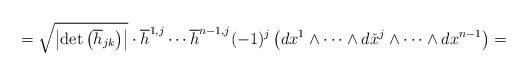
LaTeX: \begin{align*}=\sqrt{\left|\det\left(\overline{h}_{jk}\right)\right|}\cdot\overline{h}^{1,j}\cdots \overline{h}^{n-1,j}(-1)^j\left(dx^1\wedge\dots\wedge d\check{x}^j\wedge\dots\wedge dx^{n-1}\right)=\end{align*}